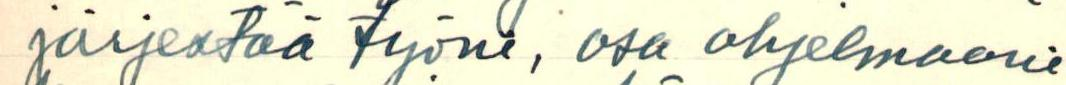
järjestää työni, osa ohjelmaani